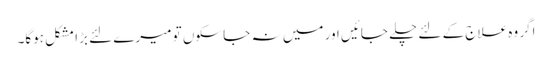
اگر وہ علاج کے لئے چلے جائیں اور میں نہ جا سکوں تو میرے لئے بڑا مشکل ہوگا۔